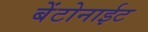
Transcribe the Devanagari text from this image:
बेंटोनाईट